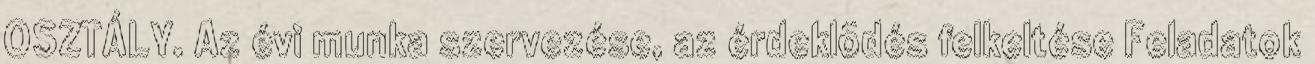
OSZTÁLY. Az évi munka szervezése, az érdeklõdés felkeltése Feladatok